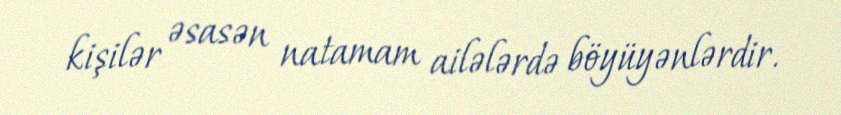
kişilər əsasən natamam ailələrdə böyüyənlərdir.